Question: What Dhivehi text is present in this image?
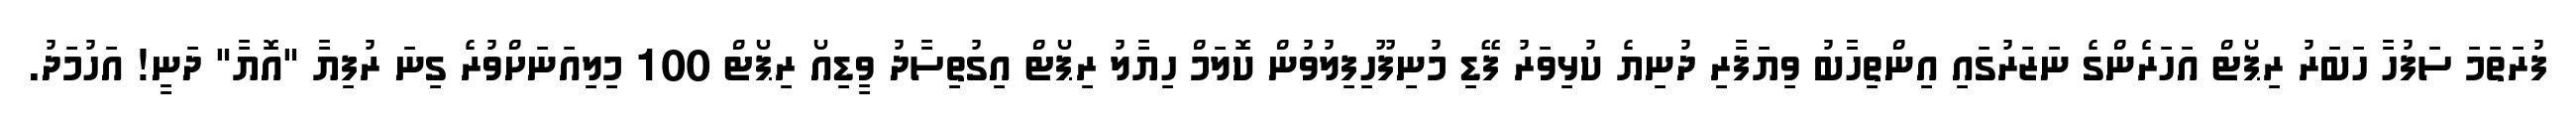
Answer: ފުރަތަމަ ސަފުހާ ހަބަރު ރިޕޯޓް އަހަރެންގެ ނަޒަރުގައި އިންތިހާބު ވިޔަފާރި ދުނިޔެ ކުޅިވަރު ފޭޑި މުނިފޫހިފިލުވުން ކޮލަމް ހިޔާލު ރިޕޯޓް އިގުތިސާދު ވީޑިއޯ ރިޕޯޓް 100 މިލިއަނަށްވުރެ ގިނަ ރުފިޔާ "އޮޔާ" ދަނީ! އަހުމަދު.